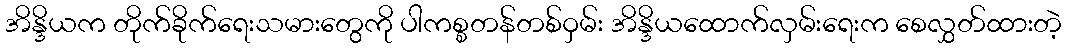
အိန္ဒိယက တိုက်ခိုက်ရေးသမားတွေကို ပါကစ္စတန်တစ်ဝှမ်း အိန္ဒိယထောက်လှမ်းရေးက စေလွှတ်ထားတဲ့